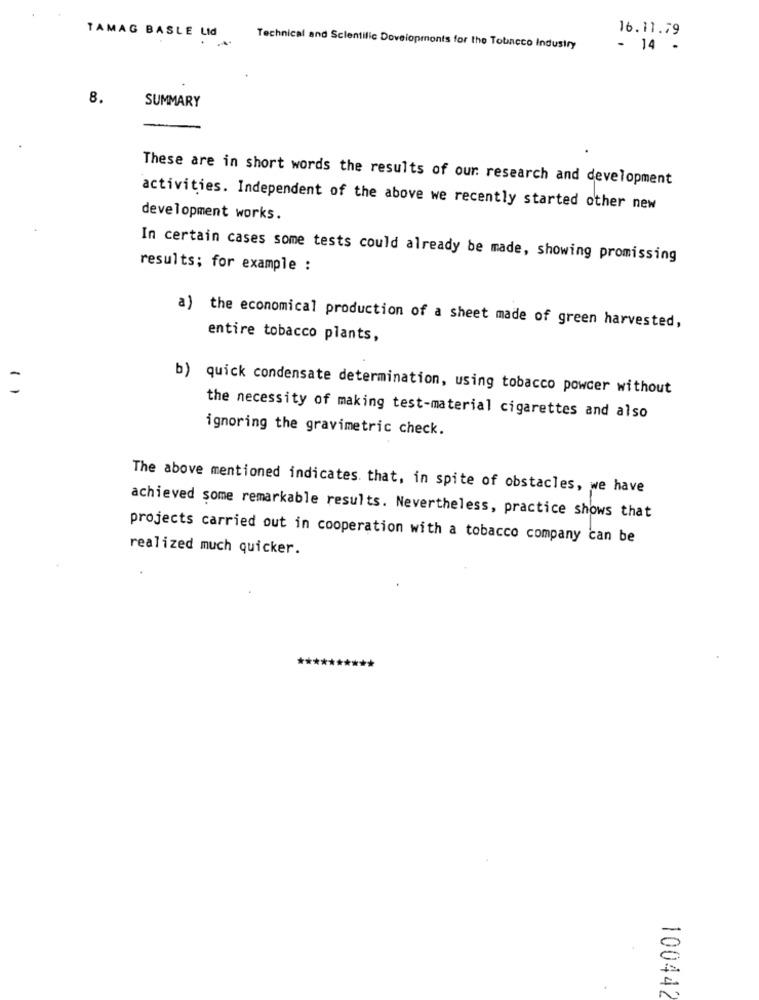
16.11.79
TAMAG BASLE Lid
Technical and Scientific Doveiopmonts for the Tobacco Industry
- 14 -
8.
SUMMARY
These are in short words the results of our research and development
activities. Independent of the above we recently started other new
development works.
In certain cases some tests could already be made, showing promissing
results; for example :
a) the economical production of a sheet made of green harvested,
entire tobacco plants,
b) quick condensate determination, using tobacco powder without
11
the necessity of making test-material cigarettes and also
ignoring the gravimetric check.
The above mentioned indicates that, in spite of obstacles, we have
achieved some remarkable results. Nevertheless, practice shows that
projects carried out in cooperation with a tobacco company can be
realized much quicker.
-
12
100442